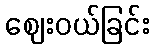
ဈေးဝယ်ခြင်း